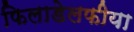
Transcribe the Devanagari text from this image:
फिलाडेलफीया